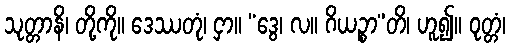
သုတ္တာနိ၊ တို့ကို။ ဒေဿတုံ၊ ငှာ။ “ဒွေ၊ လ။ ဂိယဉ္စာ”တိ၊ ဟူ၍။ ဝုတ္တံ၊